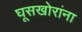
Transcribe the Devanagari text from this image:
घूसखोरांना